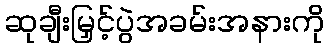
ဆုချီးမြှင့်ပွဲအခမ်းအနားကို